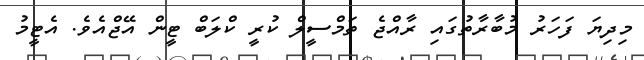
މިދިޔަ ފަހަރު މުބާރާތުގައި ރާއްޖެ ތަމްސީލް ކުރީ ކްލަބް ޓީން އޭޖްއެވެ. އެޓީމު